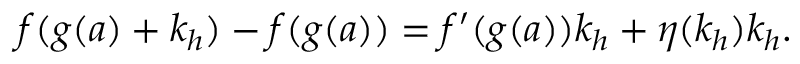
f ( g ( a ) + k _ { h } ) - f ( g ( a ) ) = f ^ { \prime } ( g ( a ) ) k _ { h } + \eta ( k _ { h } ) k _ { h } .